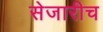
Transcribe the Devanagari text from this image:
सेजारीच